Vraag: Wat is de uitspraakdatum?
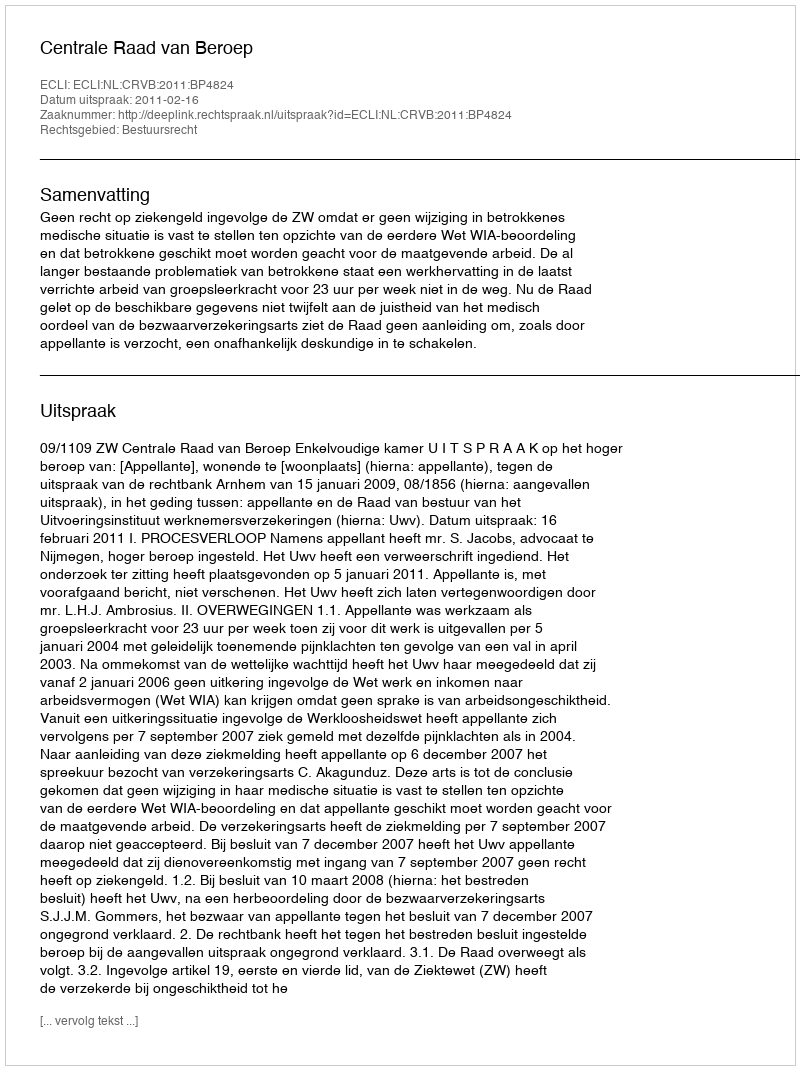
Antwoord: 2011-02-16